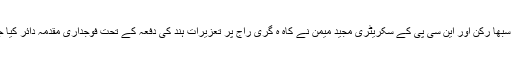
راجیہ سبھا رکن اور این سی پی کے سکریٹری مجید میمن نے کاہ ہ گری راج پر تعزیرات ہند کی دفعہ کے تحت فوجداری مقدمہ دائر کیا جائے ۔